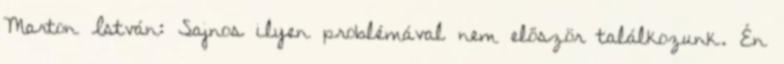
Marton István: Sajnos ilyen problémával nem először találkozunk. Én